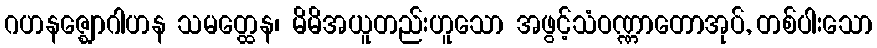
ဂဟနဇ္ဈောဂါဟန သမတ္ထေန၊ မိမိအယူတည်းဟူသော အဖွင့်သံဝဏ္ဏာတောအုပ်, တစ်ပါးသော